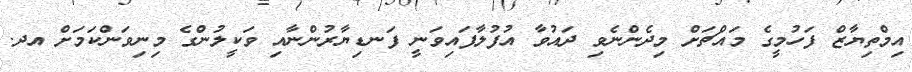
އިމްތިޔާޒް ފަހުމީގެ މައްޗަށް މިދެންނެވި ދައުވާ އުފުލާފައިވަނީ ފަނޑިޔާރުންނާއި ވަކީލުންގެ މިނިވަންކަމަށް އދ.